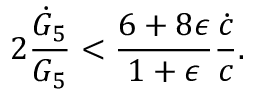
2 { \frac { \dot { G } _ { 5 } } { G _ { 5 } } } < { \frac { 6 + 8 \epsilon } { 1 + \epsilon } } { \frac { \dot { c } } { c } } .